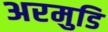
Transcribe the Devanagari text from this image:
अरमुडि